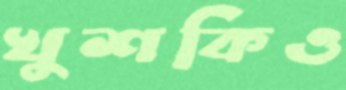
খুশকিও